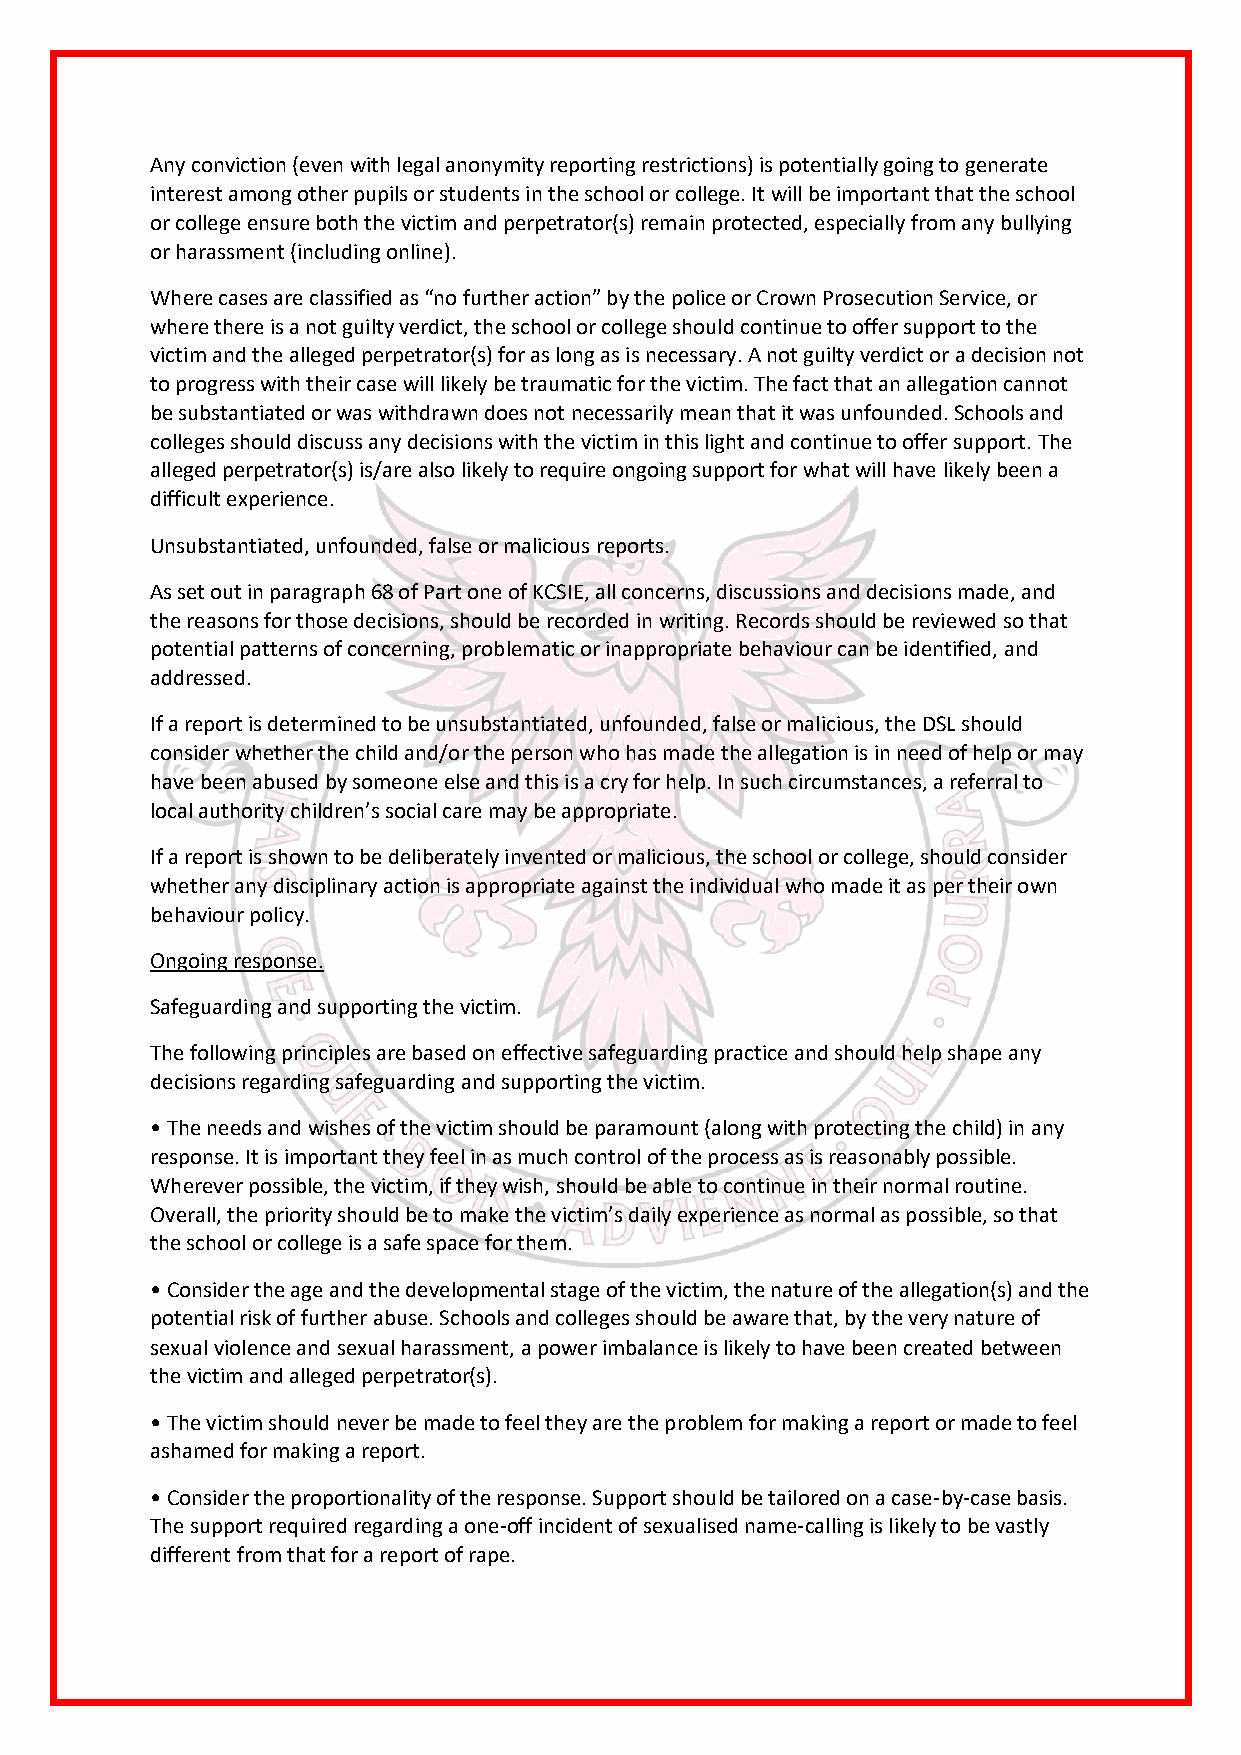
Any conviction (even with legal anonymity reporting restrictions) is potentially going to generate
 interest among other pupils or students in the school or college. It will be important that the school
 or college ensure both the victim and perpetrator(s) remain protected, especially from any bullying
 or harassment (including online).
 Where cases are classified as “no further action” by the police or Crown Prosecution Service, or
 where there is a not guilty verdict, the school or college should continue to offer support to the
 victim and the alleged perpetrator(s) for as long as is necessary. A not guilty verdict or a decision not
 to progress with their case will likely be traumatic for the victim. The fact that an allegation cannot
 be substantiated or was withdrawn does not necessarily mean that it was unfounded. Schools and
 colleges should discuss any decisions with the victim in this light and continue to offer support. The
 alleged perpetrator(s) is/are also likely to require ongoing support for what will have likely been a
 difficult experience.
 Unsubstantiated, unfounded, false or malicious reports.
 As set out in paragraph 68 of Part one of KCSIE, all concerns, discussions and decisions made, and
 the reasons for those decisions, should be recorded in writing. Records should be reviewed so that
 potential patterns of concerning, problematic or inappropriate behaviour can be identified, and
 addressed.
 If a report is determined to be unsubstantiated, unfounded, false or malicious, the DSL should
 consider whether the child and/or the person who has made the allegation is in need of help or may
 have been abused by someone else and this is a cry for help. In such circumstances, a referral to
 local authority children’s social care may be appropriate.
 If a report is shown to be deliberately invented or malicious, the school or college, should consider
 whether any disciplinary action is appropriate against the individual who made it as per their own
 behaviour policy.
 Ongoing response.
 Safeguarding and supporting the victim.
 The following principles are based on effective safeguarding practice and should help shape any
 decisions regarding safeguarding and supporting the victim.
 • The needs and wishes of the victim should be paramount (along with protecting the child) in any
 response. It is important they feel in as much control of the process as is reasonably possible.
 Wherever possible, the victim, if they wish, should be able to continue in their normal routine.
 Overall, the priority should be to make the victim’s daily experience as normal as possible, so that
 the school or college is a safe space for them.
 • Consider the age and the developmental stage of the victim, the nature of the allegation(s) and the
 potential risk of further abuse. Schools and colleges should be aware that, by the very nature of
 sexual violence and sexual harassment, a power imbalance is likely to have been created between
 the victim and alleged perpetrator(s).
 • The victim should never be made to feel they are the problem for making a report or made to feel
 ashamed for making a report.
 • Consider the proportionality of the response. Support should be tailored on a case-by-case basis.
 The support required regarding a one-off incident of sexualised name-calling is likely to be vastly
 different from that for a report of rape.